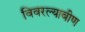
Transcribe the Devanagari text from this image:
विवरल्यावीण